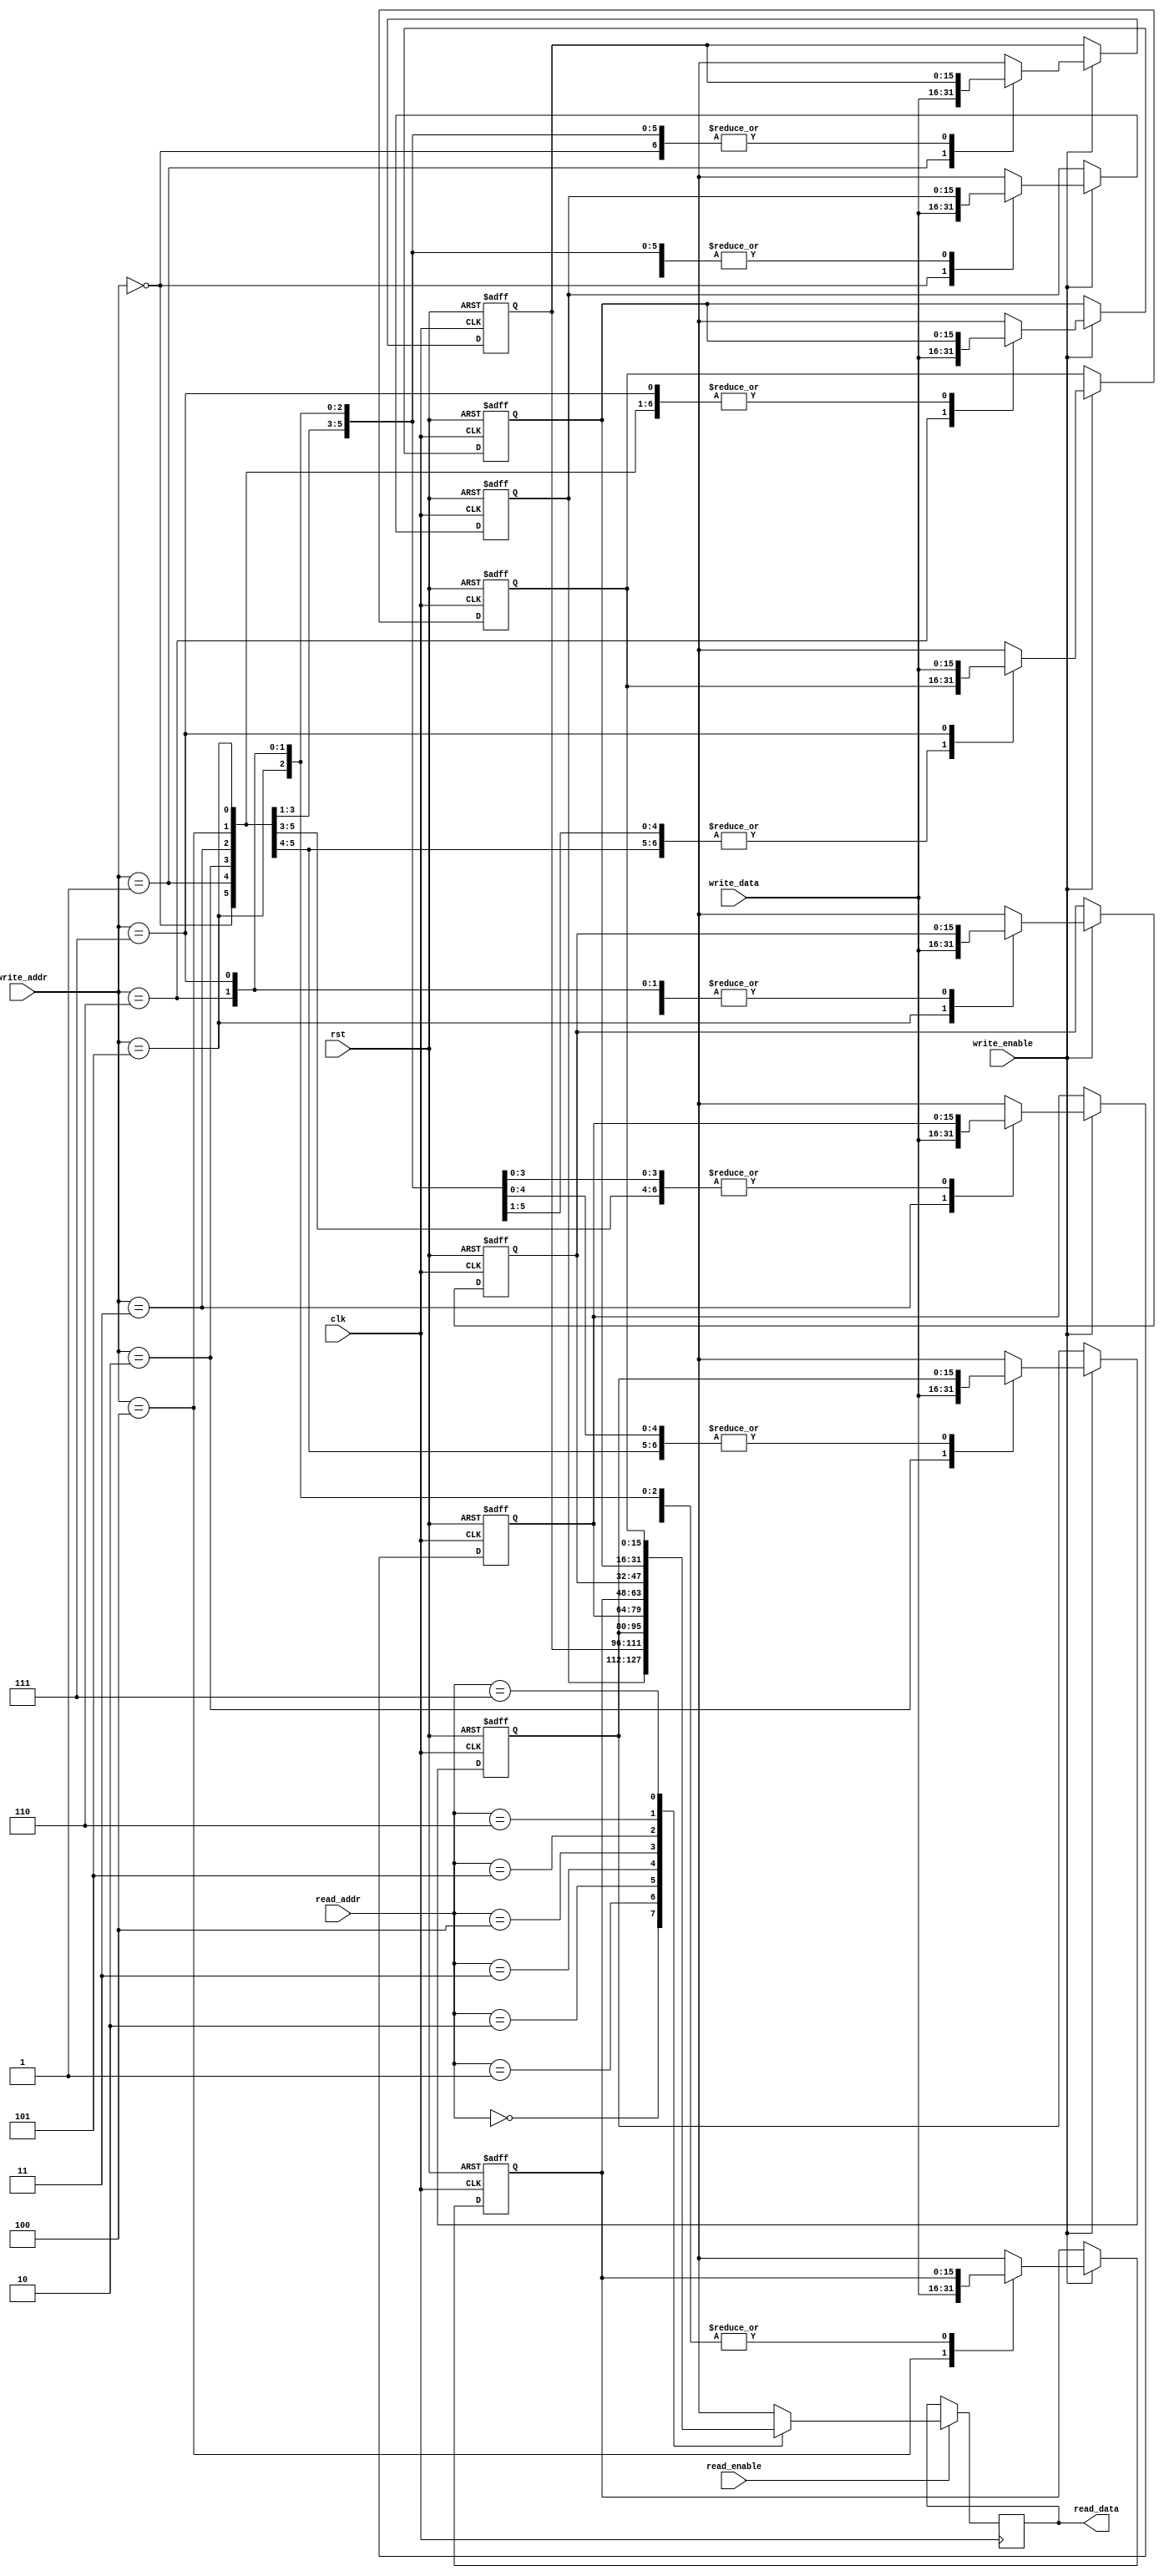
module regArray #(parameter regNumnber=8 ,regBits =16 )(read_enable,write_enable,read_addr,write_addr,read_data,write_data,clk,rst);
input clk;
input rst;
input read_enable;
input write_enable;
input [$clog2(regNumnber)-1:0] read_addr;
input [$clog2(regNumnber)-1:0] write_addr;
input [regBits-1:0] write_data;
output [regBits-1:0] read_data;
reg[regBits-1:0] read_data;

reg [regBits-1:0] MyData [0:regNumnber-1];
integer i;
//read at postive edge
always@(posedge clk)
begin
//read
if(read_enable)
 read_data= MyData[read_addr];
////////////////
end

//write at negative edge
always@(negedge clk or posedge rst)
begin
//reset all registers
if(rst)
 begin
  for(i=0 ; i<regNumnber ; i=i+1)
   MyData[i]=0;
 end
/////////////////

//read
else if(write_enable)
 begin
 MyData[write_addr]=write_data;
 end
////////////////
end

endmodule